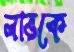
লাভকে